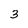
Character: 3